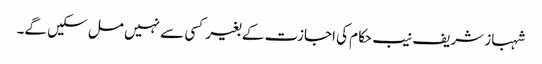
شہباز شریف نیب حکام کی اجازت کے بغیر کسی سے نہیں مل سکیں گے۔